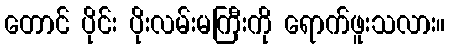
တောင် ပိုင်း ပိုးလမ်းမကြီးကို ရောက်ဖူးသလား။